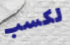
لكسب